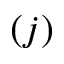
( j )